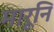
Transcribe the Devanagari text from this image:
मारूनि